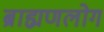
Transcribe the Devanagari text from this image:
ब्राह्मणलोग